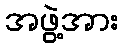
အဖွဲ့အား